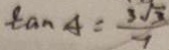
\tan A = \frac { 3 \sqrt { 3 } } { 7 }